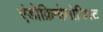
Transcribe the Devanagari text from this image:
एंडोक्रिनोलोजिस्ट